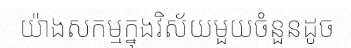
យ៉ាងសកម្មក្នុងវិស័យមួយចំនួនដូច